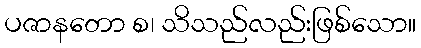
ပဇာနတော စ၊ သိသည်လည်းဖြစ်သော။